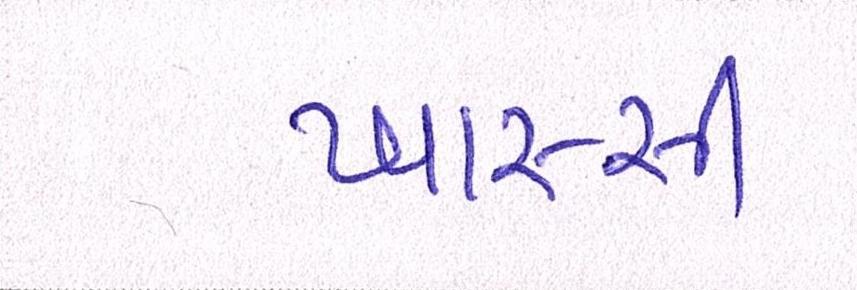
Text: ખાસ્સી